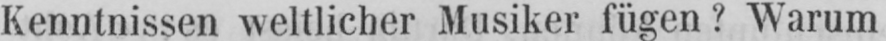
Kenntnissen weltlicher Musiker fügen? Warum